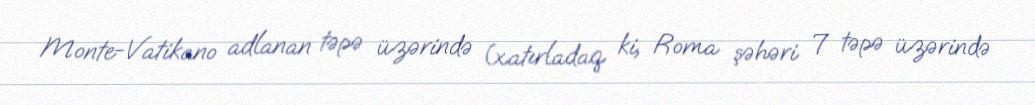
Monte-Vatikano adlanan təpə üzərində (xatırladaq ki, Roma şəhəri 7 təpə üzərində